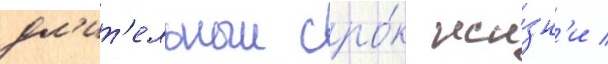
дл'ит'ельныи сро́к жи́зн'и /